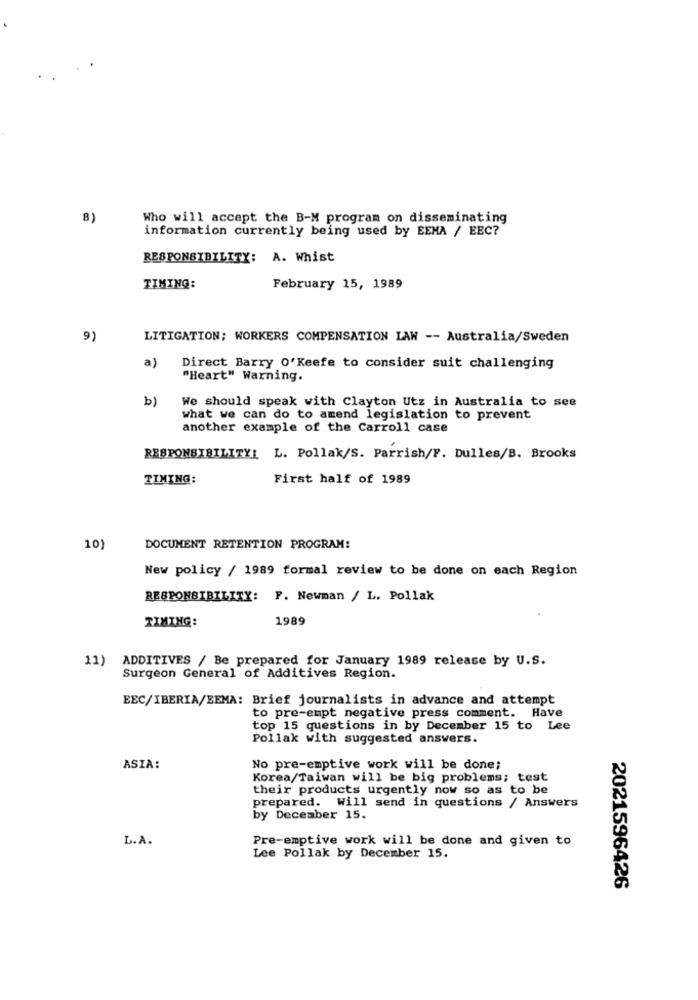
8)
Who will accept the B-M program on disseminating
information currently being used by EEMA / EEC?
RESPONSIBILITY: A. Whist
TIMING:
February 15, 1989
9)
LITIGATION; WORKERS COMPENSATION LAW -- Australia/Sweden
a)
Direct Barry O'Keefe to consider suit challenging
"Heart" Warning.
b)
We should speak with Clayton Utz in Australia to see
what we can do to amend legislation to prevent
another example of the Carroll case
RESPONSIBILITY! L. Pollak/S. Parrish/F. Dulles/B. Brooks
TIMING:
First half of 1989
10)
DOCUMENT RETENTION PROGRAM:
New policy / 1989 formal review to be done on each Region
RESPONSIBILITY: F. Newman / L. Pollak
TIMING:
1989
11) ADDITIVES / Be prepared for January 1989 release by U.S.
Surgeon General of Additives Region.
EEC/IBERIA/SEMA: Brief journalists in advance and attempt
to pre-empt negative press comment. Have
top 15 questions in by December 15 to Lee
Pollak with suggested answers.
ASIA:
No pre-emptive work will be done;
Korea/Taiwan will be big problems; test
their products urgently now so as to be
prepared. Will send in questions / Answers
by December 15.
L.A.
Pre-emptive work will be done and given to
Lee Pollak by December 15.
2021596426